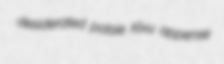
desiderated potsie Kivu appense